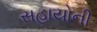
સહાયોની